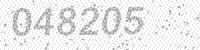
Solution: 048205